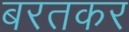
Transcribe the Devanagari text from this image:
बरतकर